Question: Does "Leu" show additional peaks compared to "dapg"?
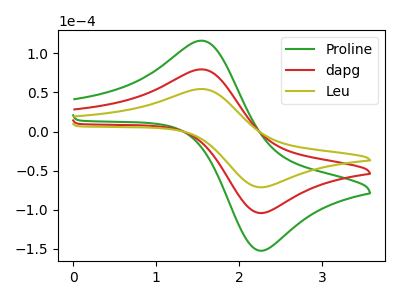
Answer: <think>The green curve "Proline" has an anodic peak at (1.55V, 159.00uA) and a cathodic peak at (2.30V, -207.80uA). The red curve "dapg" has an anodic peak at (1.55V, 79.50uA) and a cathodic peak at (2.30V, -103.90uA). The olive curve "Leu" has an anodic peak at (1.55V, 54.40uA) and a cathodic peak at (2.30V, -71.10uA).
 All the peaks in "Leu" have a peak in "dapg" at the same potential. Every peak in "Leu" is lower than every peak in "dapg".</think>
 <answer>No, "Leu" and "dapg" don't appear to be significantly different in shape</answer>
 <eval>no_change</eval>